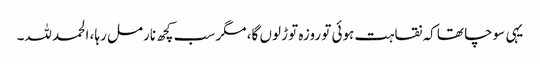
یہی سوچا تھا کہ نقاہت ہوئی تو روزہ توڑ لوں گا، مگر سب کچھ نارمل رہا، الحمد للہ۔